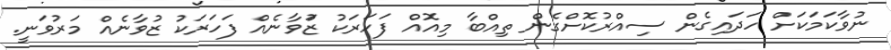
ނުވާކަމަކަށް ހަދައިގެން ސިއްރުކޮށްގެން ތިއްބާ މިއޮއް ފަހަރަކު ޒަުވާނެއް ފަހަރަކު ޒުވާނެއް މަރުވަނީ.